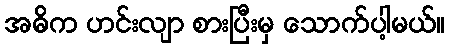
အဓိက ဟင်းလျာ စားပြီးမှ သောက်ပါ့မယ်။